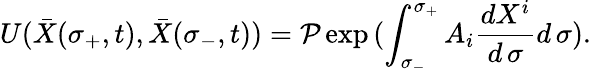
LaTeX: U({\bar{X}}(\sigma_{+},t),{\bar{X}}(\sigma_{-},t))={\cal P}\exp{(\int_{\sigma_{-}}^{\sigma_{+}}A_{i}{\frac{dX^{i}}{d\, \sigma}}d\, \sigma)}.